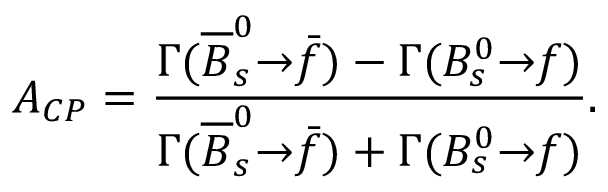
{ \cal A } _ { C P } = \frac { { \Gamma } ( { \overline { { { B } } } } _ { s } ^ { 0 } { \to } \bar { f } ) - { \Gamma } ( B _ { s } ^ { 0 } { \to } f ) } { { \Gamma } ( { \overline { { { B } } } } _ { s } ^ { 0 } { \to } \bar { f } ) + { \Gamma } ( B _ { s } ^ { 0 } { \to } f ) } .